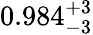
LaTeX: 0.984_{-3}^{+3}